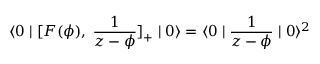
\langle 0 \mid [ F ( \phi ) , \; \frac { 1 } { z - \phi } ] _ { + } \mid 0 \rangle = \langle 0 \mid \frac { 1 } { z - \phi } \mid 0 \rangle ^ { 2 }